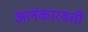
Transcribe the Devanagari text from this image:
अलंकारवती